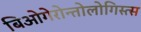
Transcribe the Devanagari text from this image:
बिओगेरोन्तोलोगिस्त्स